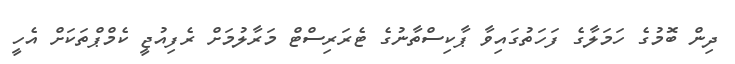
ދިން ބޮމުގެ ހަމަލާގެ ފަހަތުގައިވާ ޕާކިސްތާނުގެ ޓެރަރިސްޓް މަރާލުމަށް ރެފިއުޖީ ކެމްޕްތަކަށް އެހީ